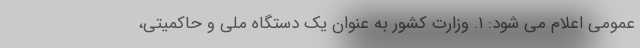
عمومی اعلام می شود: ۱. وزارت کشور به عنوان یک دستگاه ملی و حاکمیتی،